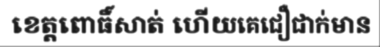
ខេត្តពោធិ៍សាត់ ហើយគេជឿជាក់មាន